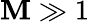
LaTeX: \mathbf{M}\gg1